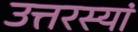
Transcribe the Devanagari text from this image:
उत्तरस्यां